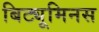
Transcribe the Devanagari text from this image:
बिट्यूमिनस